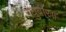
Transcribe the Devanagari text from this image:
रघुबीर॥